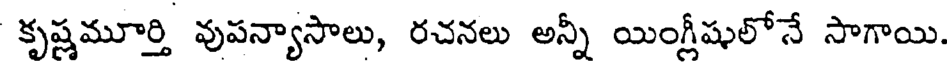
కృష్ణమూర్తి వుపన్యాసాలు, రచనలు అన్నీ యింగ్లీషులోనే సాగాయి.